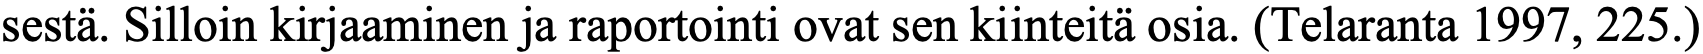
sestä. Silloin kirjaaminen ja raportointi ovat sen kiinteitä osia. (Telaranta 1997, 225.)